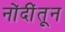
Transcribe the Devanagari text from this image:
नोंदींतून